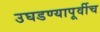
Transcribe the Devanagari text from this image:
उघडण्यापूर्वीच